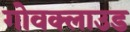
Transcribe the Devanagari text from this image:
गोवक्लाउड